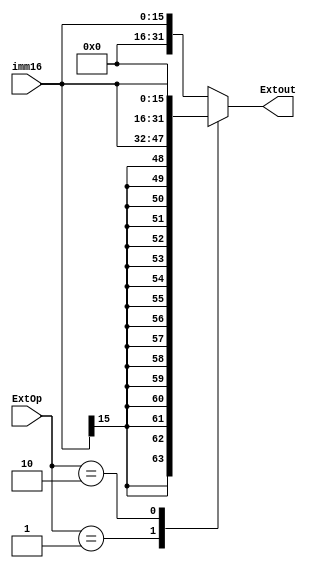
module ext(imm16,ExtOp,Extout);
input [15:0] imm16;
input [1:0] ExtOp;
output [31:0] Extout;
reg [31:0] Extout;

always@(imm16,ExtOp)
begin
	case (ExtOp)
		2'b00:Extout={16'b0,imm16[15:0]};
		2'b01:Extout={{16{imm16[15]}},imm16[15:0]}; 
		2'b10:Extout=imm16<<16;
		default:Extout={16'b0,imm16[15:0]};    
	endcase
end
endmodule